Papers set at the Examination for Leaving Certificates, 1892
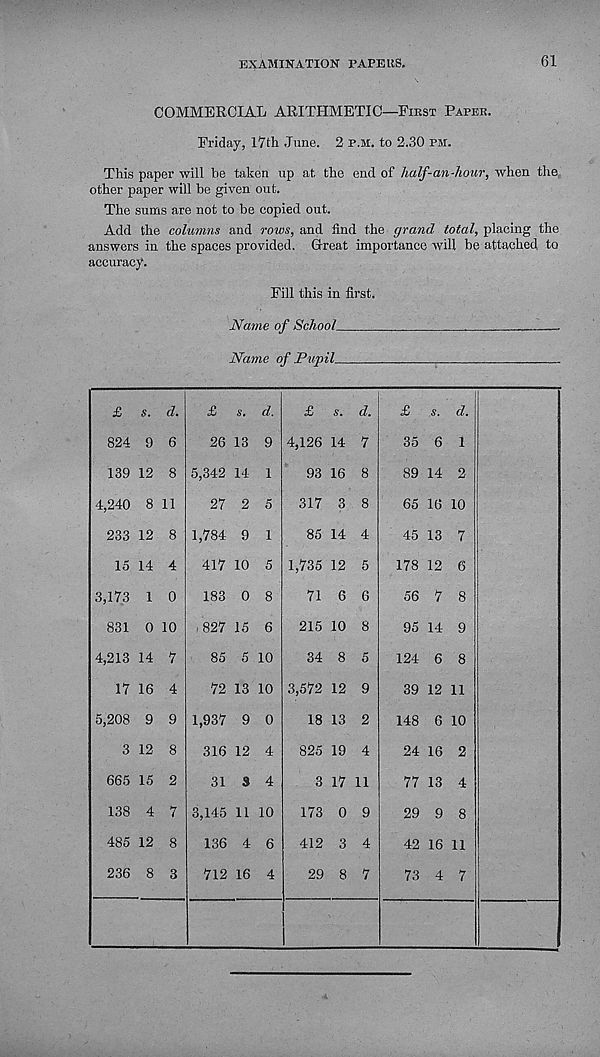
EXAMINATION PAPE US.
61
COMMERCIAL ARITHMETIC—First Paper.
Friday, lYth June. 2 p.m. to 2.30 pm.
This paper will be taken up at the end of half-an-hour, when the
other paper will be given out.
The sums are not to be copied out.
Add the columns and rows, and find the grand total, placing the
answers in the spaces provided. Great importance will be attached to
accuracy.
Fill this in first.
Name of School
.
Name of Pupil